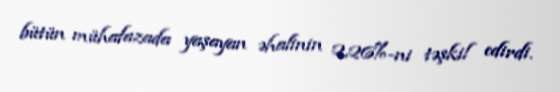
bütün mühafazada yaşayan əhalinin 2,26%-ni təşkil edirdi.